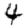
Digit: 4